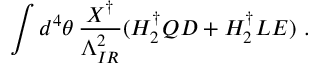
\int d ^ { 4 } \theta \, \frac { X ^ { \dagger } } { \Lambda _ { I R } ^ { 2 } } ( H _ { 2 } ^ { \dagger } Q D + H _ { 2 } ^ { \dagger } L E ) ~ .